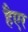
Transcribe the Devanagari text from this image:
हैएर